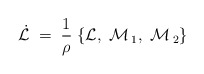
\begin{align*}\dot{\cal{L}}\;=\;\frac 1\rho\;\{ {\cal{L}},\;{\cal{M}}\,_1,\; {\cal{M}}\,_2 \}\end{align*}